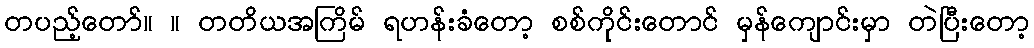
တပည့်တော်။ ။ တတိယအကြိမ် ရဟန်းခံတော့ စစ်ကိုင်းတောင် မှန်ကျောင်းမှာ တဲပြီးတော့